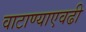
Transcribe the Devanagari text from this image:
वाटाण्याएवढी